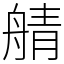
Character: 䑶